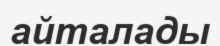
айталады